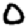
Digit: 0